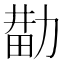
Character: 𰅑